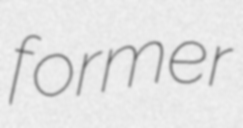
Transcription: former